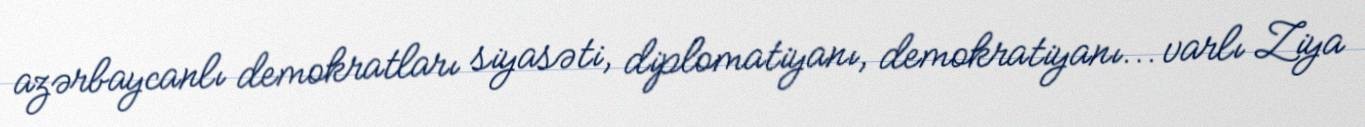
azərbaycanlı demokratları siyasəti, diplomatiyanı, demokratiyanı... varlı Ziya